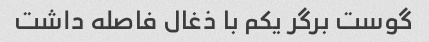
گوست برگر یکم با ذغال فاصله داشت